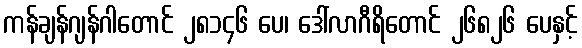
ကန်ချန်ဂျန်ဂါတောင် ၂၈၁၄၆ ပေ၊ ဒေါ်လာဂီရိတောင် ၂၆၈၂၆ ပေနှင့်